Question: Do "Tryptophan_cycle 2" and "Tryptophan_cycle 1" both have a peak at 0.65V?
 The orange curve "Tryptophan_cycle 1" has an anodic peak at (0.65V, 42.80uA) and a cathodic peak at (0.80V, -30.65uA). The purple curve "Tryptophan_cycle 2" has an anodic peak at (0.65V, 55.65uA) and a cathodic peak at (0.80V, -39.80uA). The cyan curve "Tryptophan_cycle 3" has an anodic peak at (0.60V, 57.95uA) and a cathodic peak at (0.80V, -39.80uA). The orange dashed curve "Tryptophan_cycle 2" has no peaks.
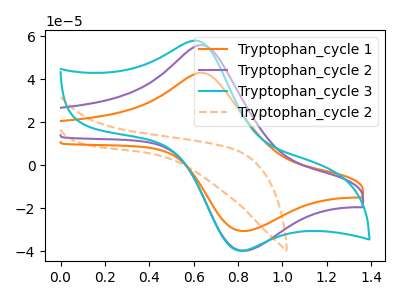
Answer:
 <answer>Yes, "Tryptophan_cycle 2" and "Tryptophan_cycle 1" share a peak at 0.65V.</answer>
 <eval>match</eval>